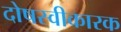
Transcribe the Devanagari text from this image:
दोषस्वीकारक